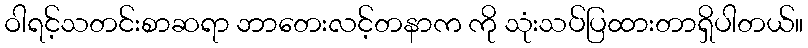
ဝါရင့်သတင်းစာဆရာ ဘာတေးလင့်တနာက ကို သုံးသပ်ပြထားတာရှိပါတယ်။